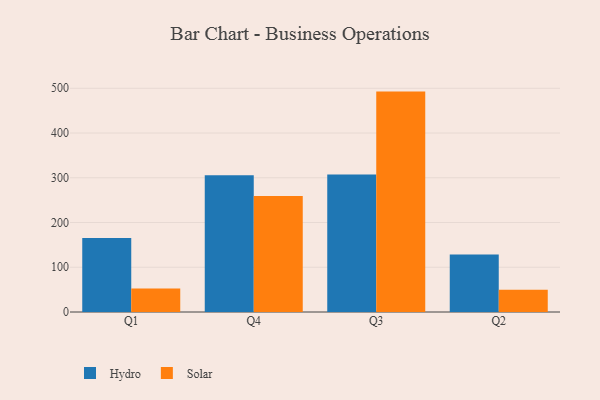
{"axis": {"x": "Quarter", "y": "Budget (USD K)"}, "legend": ["Hydro", "Solar"], "data": [{"x": "Q1", "y": 165.4, "type": "Hydro"}, {"x": "Q1", "y": 52.5, "type": "Solar"}, {"x": "Q4", "y": 305.6, "type": "Hydro"}, {"x": "Q4", "y": 259.4, "type": "Solar"}, {"x": "Q3", "y": 307.4, "type": "Hydro"}, {"x": "Q3", "y": 492.6, "type": "Solar"}, {"x": "Q2", "y": 128.4, "type": "Hydro"}, {"x": "Q2", "y": 50.0, "type": "Solar"}]}